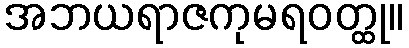
အဘယရာဇကုမရဝတ္ထု။